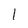
Character: l